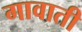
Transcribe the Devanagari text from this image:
गावाती